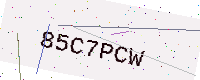
Text: 85C7PCW